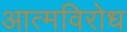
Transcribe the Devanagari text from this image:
आत्मविरोध